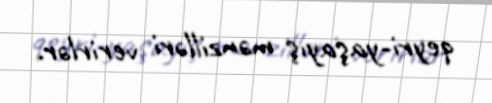
qeyri-yaşayış mənzilləri verirlər.